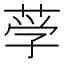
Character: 𰱚